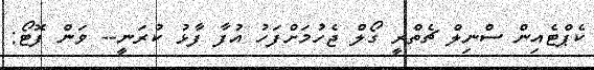
ކެޕްޓެއިން ސްނިލް ޗެތްރީ ގޯލް ޖެހުމަށްފަހު އުފާ ފާޅު ކުރަނީ-- ވަން ފޮޓޯ: